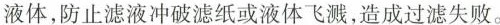
液休，防止滤液冲破滤纸或液体飞溅，造成过滤失败。